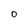
Character: O